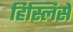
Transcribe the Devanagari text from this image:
हिस्लिसे